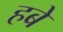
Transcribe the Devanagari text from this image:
हबे